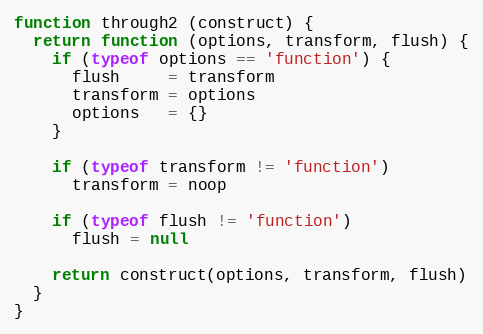
Language: JavaScript
function through2 (construct) {
  return function (options, transform, flush) {
    if (typeof options == 'function') {
      flush     = transform
      transform = options
      options   = {}
    }

    if (typeof transform != 'function')
      transform = noop

    if (typeof flush != 'function')
      flush = null

    return construct(options, transform, flush)
  }
}